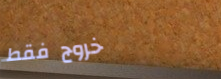
خروج فقط